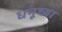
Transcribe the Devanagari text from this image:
धनूच्या